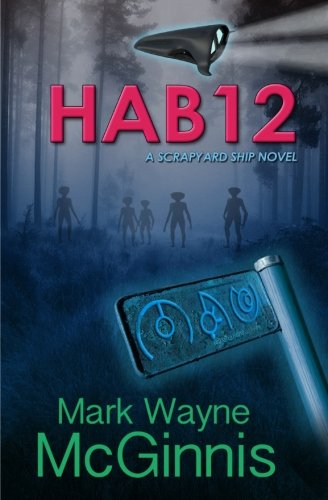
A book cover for Hab 12: A Scrapyard Ship Novel (Volume 2); Mr. Mark Wayne McGinnis; Science Fiction & Fantasy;